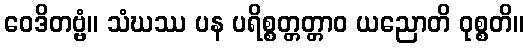
ဝေဒိတဗ္ဗံ။ သံဃဿ ပန ပရိစ္စတ္တတ္တာဝ ယညောတိ ဝုစ္စတိ။